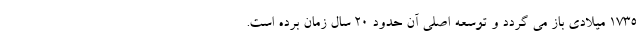
1735 میلادی باز می گردد و توسعه اصلی آن حدود 20 سال زمان برده است.